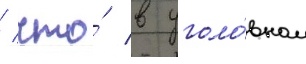
/ что́ в уголо́вном